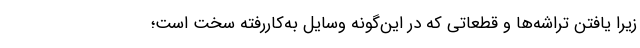
زیرا یافتن تراشه‌ها و قطعاتی که در این‌گونه وسایل به‌کاررفته سخت است؛